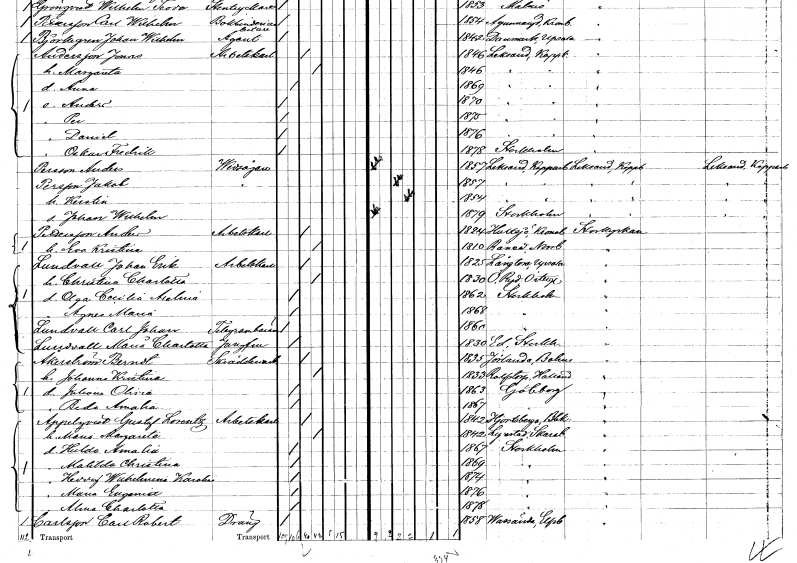
gt_parse: households: individuals: FN: Anders
EN: Persson
YRKE: Vedsågare
KON: M
CIV: O
FODAR: 1857
FODFORS: Leksand Kopparbergs län
FN: Jakob
EN: Persson
KON: M
CIV: G
FODAR: 1857
FODFORS: Leksand Kopparbergs län
FN: Kerstin
KON: K
CIV: G
FODAR: 1854
FODFORS: Leksand Kopparbergs län
FN: Johan Wilhelm
KON: M
CIV: O
FODAR: 1879
FODFORS: Stockholm
FN: Anders
EN: Pettersson
YRKE: Arbetskarl
KON: M
CIV: G
FODAR: 1824
FODFORS: Hultsjö Jönköpings län
FN: Eva Kristina
KON: K
CIV: G
FODAR: 1810
FODFORS: Råneå Norrbottens län
FN: Johan Erik
EN: Lundvall
YRKE: Arbetskarl
KON: M
CIV: G
FODAR: 1825
FODFORS: Långtora Uppsala län
FN: Christina Charlotta
KON: K
CIV: G
FODAR: 1830
FODFORS: Östra Ryd Östergötlands län
FN: Olga Cecilia Axelina
KON: K
CIV: O
FODAR: 1862
FODFORS: Stockholm
FN: Agnes Maria
KON: K
CIV: O
FODAR: 1868
FODFORS: Stockholm
FN: Carl Johan
EN: Lundvall
YRKE: Telegrambärare
KON: M
CIV: O
FODAR: 1860
FODFORS: Stockholm
FN: Maria Charlotta
EN: Lundvall
YRKE: Jungfru
KON: K
CIV: O
FODAR: 1830
FODFORS: Ed Stockholms län
FN: Berndt
EN: Åkerström
YRKE: Skrädderiarbetare
KON: M
CIV: G
FODAR: 1835
FODFORS: Jörlanda Göteborgs- och Bohuslän
FN: Johanna Kristina
KON: K
CIV: G
FODAR: 1833
FODFORS: Rolfstorp Hallands län
FN: Juliana Olivia
KON: K
CIV: O
FODAR: 1863
FODFORS: Göteborg Göteborgs- och Bohuslän
FN: Beda Amalia
KON: K
CIV: O
FODAR: 1867
FODFORS: Göteborg Göteborgs- och Bohuslän
FN: Gustaf Lorentz
EN: Appelqvist
YRKE: Arbetskarl
KON: M
CIV: G
FODAR: 1842
FODFORS: Hjortsberga Blekinge län
FN: Maria Margareta
KON: K
CIV: G
FODAR: 1842
FODFORS: Lyrestad Skaraborgs län
FN: Hulda Amalia
KON: K
CIV: O
FODAR: 1867
FODFORS: Stockholm
FN: Matilda Christina
KON: K
CIV: O
FODAR: 1869
FODFORS: Stockholm
FN: Hedvig Wilhelmina Karolina
KON: K
CIV: O
FODAR: 1874
FODFORS: Stockholm
FN: Maria Eugenia
KON: K
CIV: O
FODAR: 1876
FODFORS: Stockholm
FN: Alena Charlotta
KON: K
CIV: O
FODAR: 1878
FODFORS: Stockholm
FN: Carl Robert
EN: Carlsson
YRKE: Dräng
KON: M
CIV: O
FODAR: 1858
FODFORS: Vassända Älvsborgs län